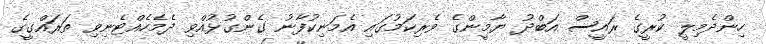
ހިންދެމިލީ ކުރީގެ ރައީސް އަބްދު ޔާމީންގެ ވެރިކަމުގައި އެމަނިކުފާނު ގެންގުޅުއްވި ދެމެހެއްޓެނިވި ތަރައްގީގެ